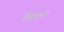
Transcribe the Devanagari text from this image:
बिफरे